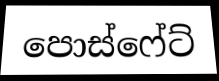
පොස්ෆේට්